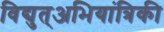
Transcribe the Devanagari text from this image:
विद्युत्अभियांत्रिकी